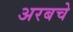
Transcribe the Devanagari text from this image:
अरबचे